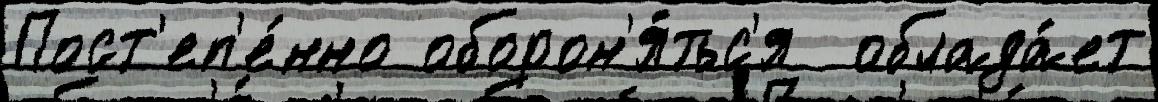
Пост'еп'е́нно оборон'я́тьс'я  облада́ет